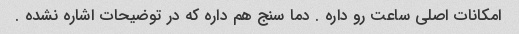
امکانات اصلی ساعت رو داره . دما سنج هم داره که در توضیحات اشاره نشده .